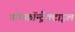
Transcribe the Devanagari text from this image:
नॉनकॉन्ट्रैक्टाइल